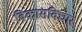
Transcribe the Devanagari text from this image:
विकासविचार